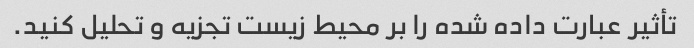
تأثیر عبارت داده شده را بر محیط زیست تجزیه و تحلیل کنید.